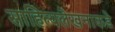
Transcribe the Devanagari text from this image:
साहित्यलेखनाकडे